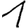
Digit: 1